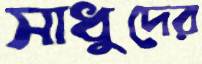
সাধুদের